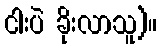
ငါးပဲ ခိုးလာသူ)။